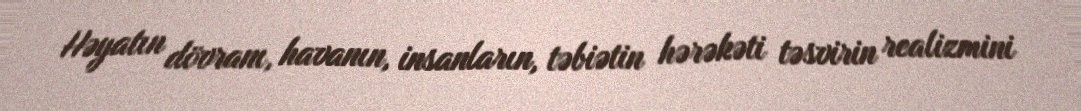
Həyatın dövranı, havanın, insanların, təbiətin hərəkəti təsvirin realizmini